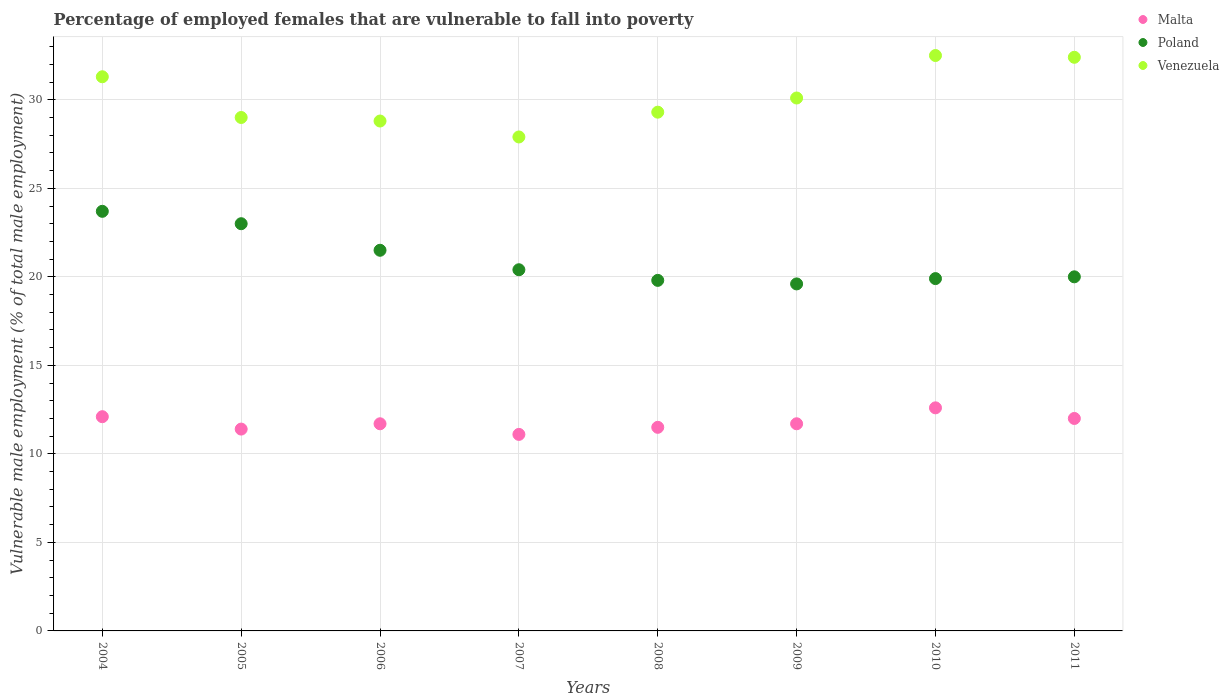
| Years | Malta | Poland | Venezuela |
 | --- | --- | --- | --- |
 | 2004 | 12.1 | 23.7 | 31.3 |
 | 2005 | 11.4 | 23 | 29 |
 | 2006 | 11.7 | 21.5 | 28.8 |
 | 2007 | 11.1 | 20.4 | 27.9 |
 | 2008 | 11.5 | 19.8 | 29.3 |
 | 2009 | 11.7 | 19.6 | 30.1 |
 | 2010 | 12.6 | 19.9 | 32.5 |
 | 2011 | 12 | 20 | 32.4 |